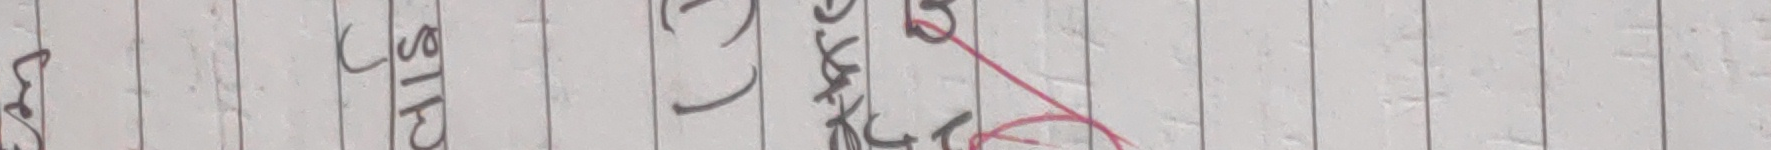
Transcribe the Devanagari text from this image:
लगि चालने